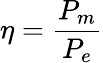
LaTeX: \eta={\frac{P_{m}}{P_{e}}}